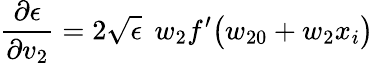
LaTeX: \frac{\partial\epsilon}{\partial v_{2}}=2\sqrt{\epsilon}\: \: w_{2}f^{\prime}\big(w_{20}+w_{2}x_{i}\big)